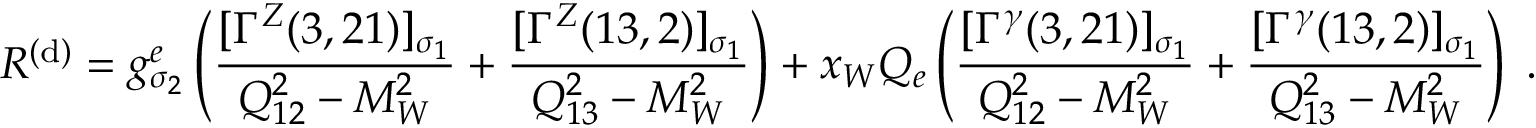
{ \cal R } ^ { ( \mathrm { d } ) } = g _ { \sigma _ { 2 } } ^ { e } \left( \frac { [ \Gamma ^ { Z } ( 3 , 2 1 ) ] _ { \sigma _ { 1 } } } { Q _ { 1 2 } ^ { 2 } - M _ { W } ^ { 2 } } + \frac { [ \Gamma ^ { Z } ( 1 3 , 2 ) ] _ { \sigma _ { 1 } } } { Q _ { 1 3 } ^ { 2 } - M _ { W } ^ { 2 } } \right) + x _ { W } Q _ { e } \left( \frac { [ \Gamma ^ { \gamma } ( 3 , 2 1 ) ] _ { \sigma _ { 1 } } } { Q _ { 1 2 } ^ { 2 } - M _ { W } ^ { 2 } } + \frac { [ \Gamma ^ { \gamma } ( 1 3 , 2 ) ] _ { \sigma _ { 1 } } } { Q _ { 1 3 } ^ { 2 } - M _ { W } ^ { 2 } } \right) \; .